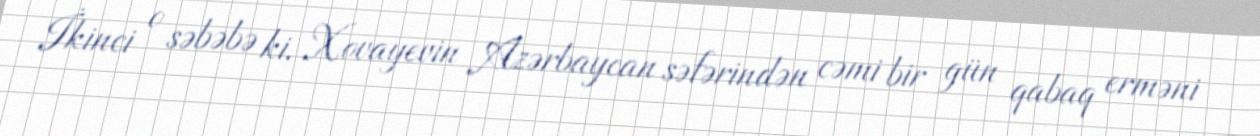
İkinci o səbəbə ki, Xovayevin Azərbaycan səfərindən cəmi bir gün qabaq erməni